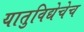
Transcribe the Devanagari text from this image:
यातुविद्येचेच